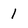
Character: 1